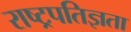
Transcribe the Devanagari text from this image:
राष्ट्रपतिज्ञता